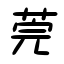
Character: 莞